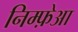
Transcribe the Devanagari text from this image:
निम्फ़ेआ